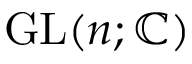
\mathrm { G L } ( n ; \mathbb { C } )